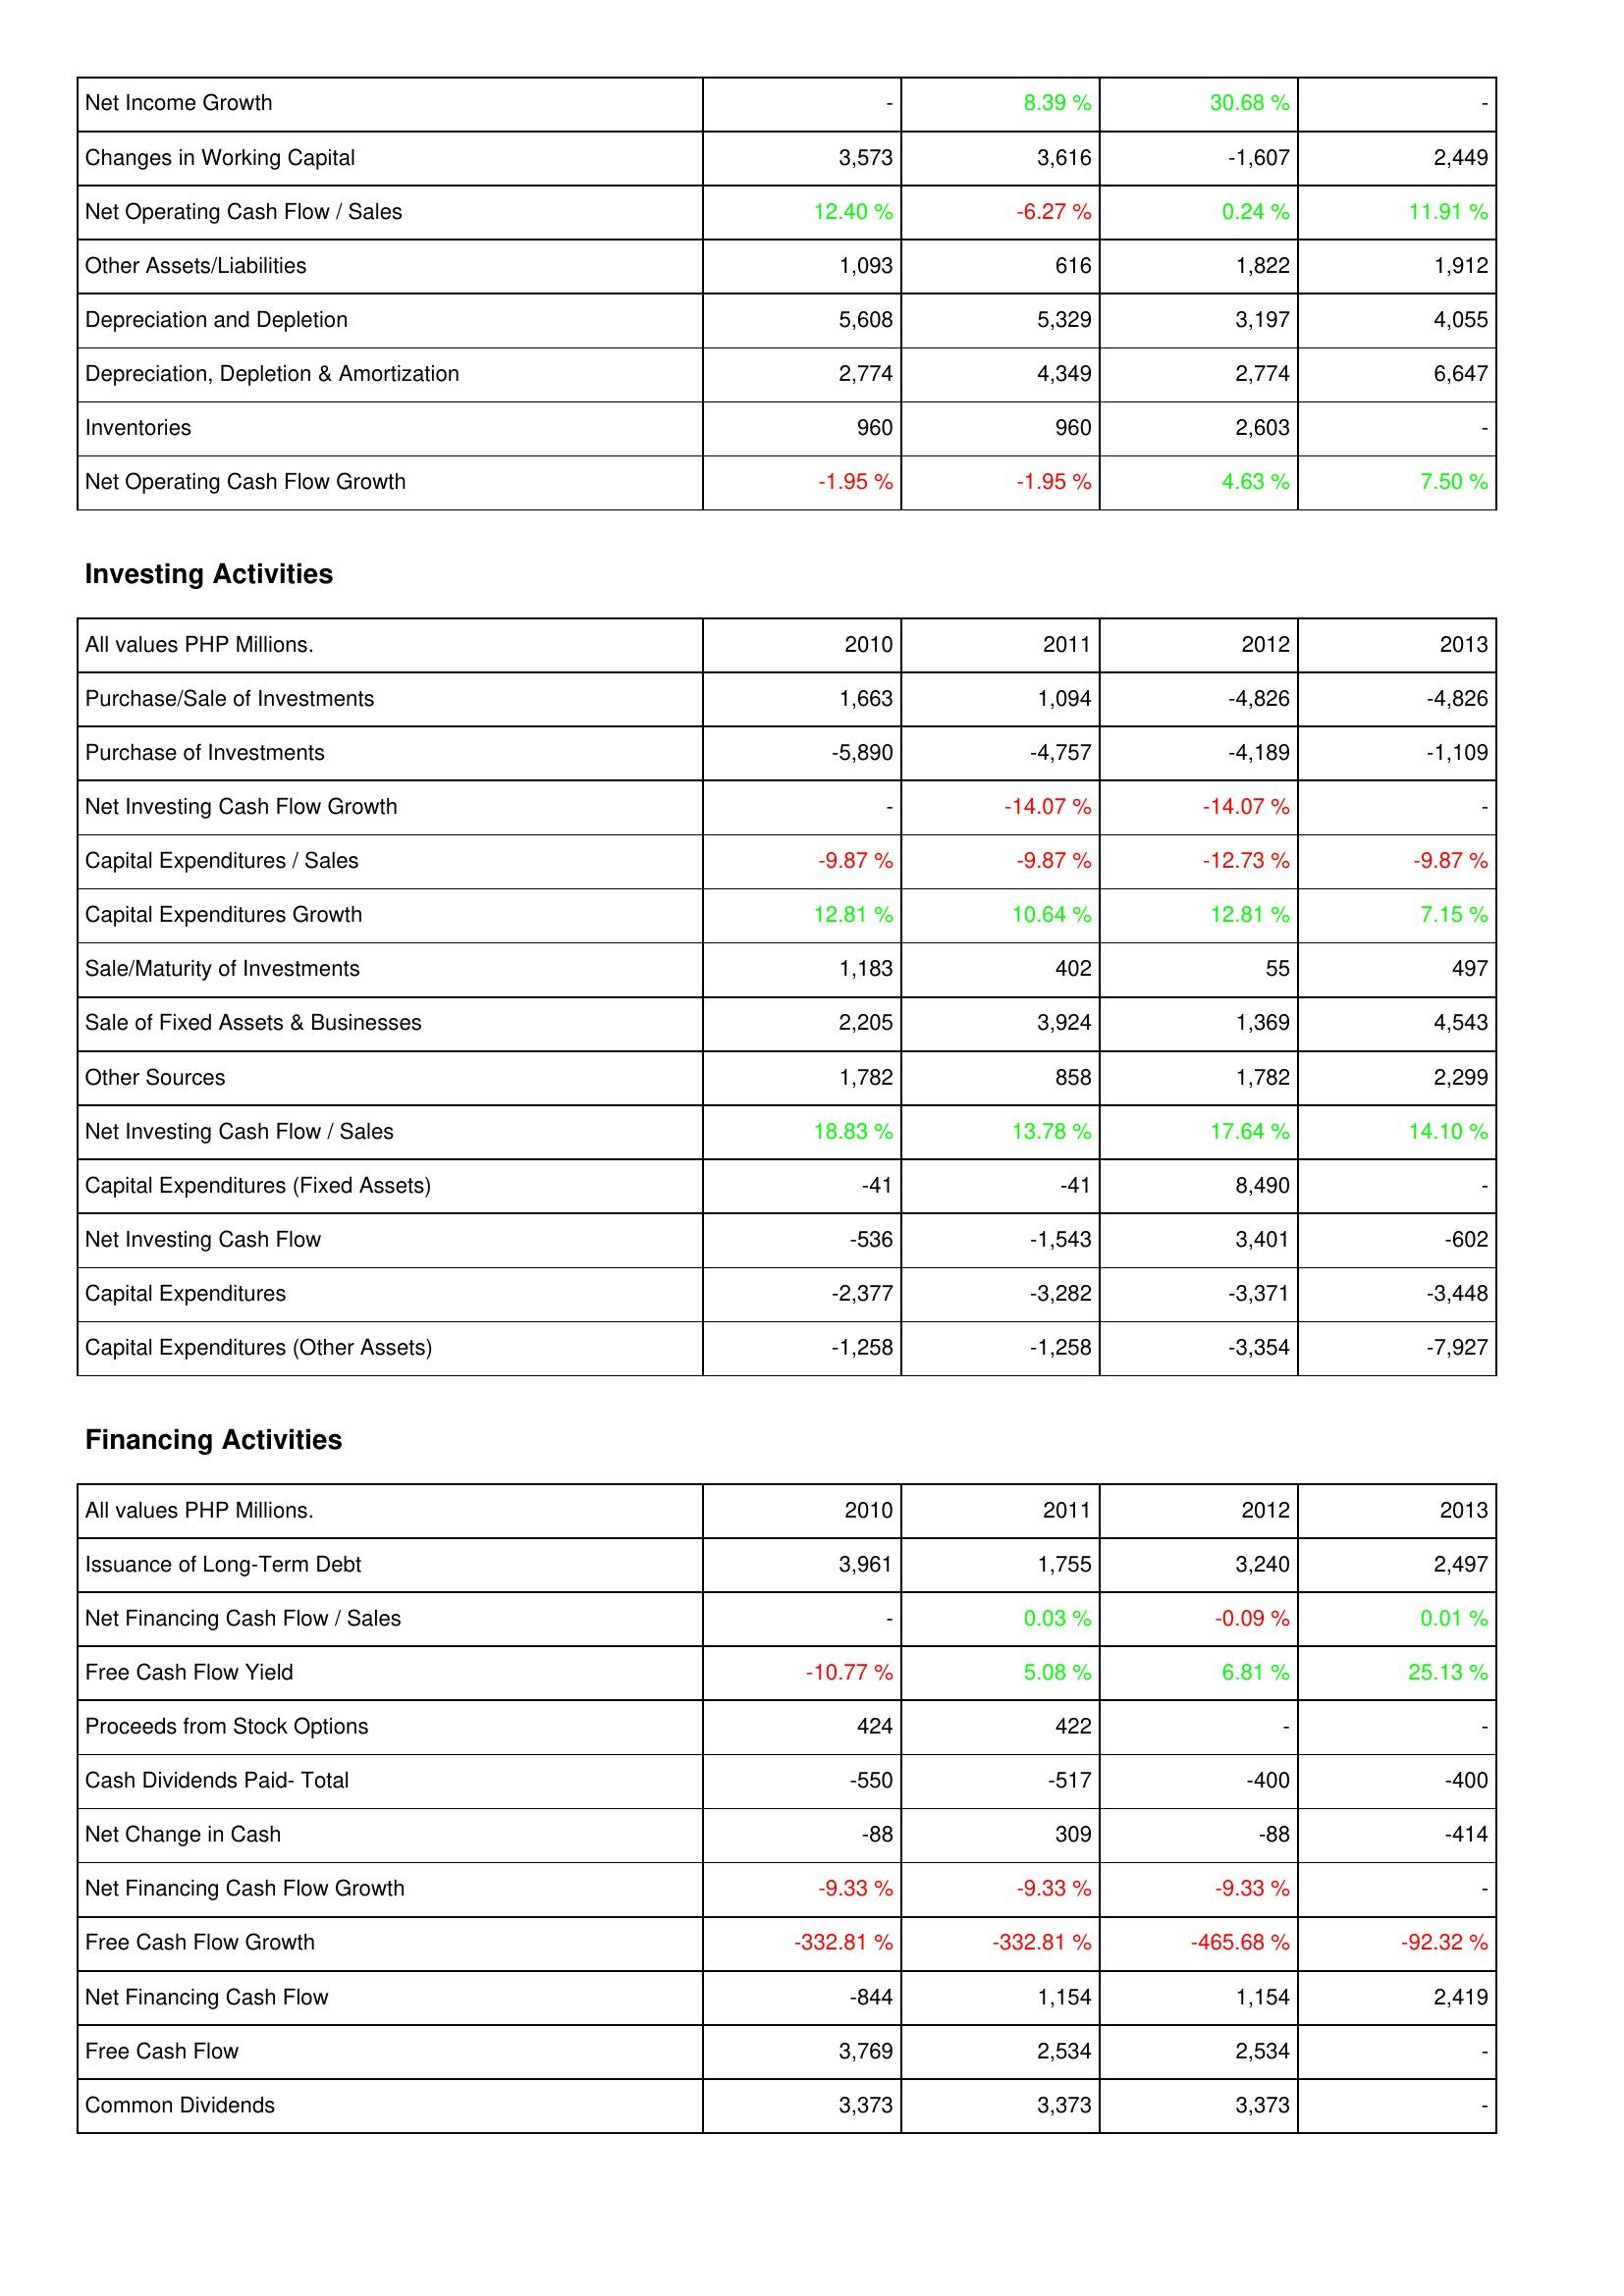
2010: Operating Activities: Net Income Growth: -
Changes in Working Capital: 3,573
Net Operating Cash Flow / Sales: 12.40 %
Other Assets/Liabilities: 1,093
Depreciation and Depletion: 5,608
Depreciation, Depletion & Amortization: 2,774
Inventories: 960
Net Operating Cash Flow Growth: -1.95 %
Investing Activities: Purchase/Sale of Investments: 1,663
Purchase of Investments: -5,890
Net Investing Cash Flow Growth: -
Capital Expenditures / Sales: -9.87 %
Capital Expenditures Growth: 12.81 %
Sale/Maturity of Investments: 1,183
Sale of Fixed Assets & Businesses: 2,205
Other Sources: 1,782
Net Investing Cash Flow / Sales: 18.83 %
Capital Expenditures (Fixed Assets): -41
Net Investing Cash Flow: -536
Capital Expenditures: -2,377
Capital Expenditures (Other Assets): -1,258
Financing Activities: Issuance of Long-Term Debt: 3,961
Net Financing Cash Flow / Sales: -
Free Cash Flow Yield: -10.77 %
Proceeds from Stock Options: 424
Cash Dividends Paid- Total: -550
Net Change in Cash: -88
Net Financing Cash Flow Growth: -9.33 %
Free Cash Flow Growth: -332.81 %
Net Financing Cash Flow: -844
Free Cash Flow: 3,769
Common Dividends: 3,373
2011: Operating Activities: Net Income Growth: 8.39 %
Changes in Working Capital: 3,616
Net Operating Cash Flow / Sales: -6.27 %
Other Assets/Liabilities: 616
Depreciation and Depletion: 5,329
Depreciation, Depletion & Amortization: 4,349
Inventories: 960
Net Operating Cash Flow Growth: -1.95 %
Investing Activities: Purchase/Sale of Investments: 1,094
Purchase of Investments: -4,757
Net Investing Cash Flow Growth: -14.07 %
Capital Expenditures / Sales: -9.87 %
Capital Expenditures Growth: 10.64 %
Sale/Maturity of Investments: 402
Sale of Fixed Assets & Businesses: 3,924
Other Sources: 858
Net Investing Cash Flow / Sales: 13.78 %
Capital Expenditures (Fixed Assets): -41
Net Investing Cash Flow: -1,543
Capital Expenditures: -3,282
Capital Expenditures (Other Assets): -1,258
Financing Activities: Issuance of Long-Term Debt: 1,755
Net Financing Cash Flow / Sales: 0.03 %
Free Cash Flow Yield: 5.08 %
Proceeds from Stock Options: 422
Cash Dividends Paid- Total: -517
Net Change in Cash: 309
Net Financing Cash Flow Growth: -9.33 %
Free Cash Flow Growth: -332.81 %
Net Financing Cash Flow: 1,154
Free Cash Flow: 2,534
Common Dividends: 3,373
2012: Operating Activities: Net Income Growth: 30.68 %
Changes in Working Capital: -1,607
Net Operating Cash Flow / Sales: 0.24 %
Other Assets/Liabilities: 1,822
Depreciation and Depletion: 3,197
Depreciation, Depletion & Amortization: 2,774
Inventories: 2,603
Net Operating Cash Flow Growth: 4.63 %
Investing Activities: Purchase/Sale of Investments: -4,826
Purchase of Investments: -4,189
Net Investing Cash Flow Growth: -14.07 %
Capital Expenditures / Sales: -12.73 %
Capital Expenditures Growth: 12.81 %
Sale/Maturity of Investments: 55
Sale of Fixed Assets & Businesses: 1,369
Other Sources: 1,782
Net Investing Cash Flow / Sales: 17.64 %
Capital Expenditures (Fixed Assets): 8,490
Net Investing Cash Flow: 3,401
Capital Expenditures: -3,371
Capital Expenditures (Other Assets): -3,354
Financing Activities: Issuance of Long-Term Debt: 3,240
Net Financing Cash Flow / Sales: -0.09 %
Free Cash Flow Yield: 6.81 %
Proceeds from Stock Options: -
Cash Dividends Paid- Total: -400
Net Change in Cash: -88
Net Financing Cash Flow Growth: -9.33 %
Free Cash Flow Growth: -465.68 %
Net Financing Cash Flow: 1,154
Free Cash Flow: 2,534
Common Dividends: 3,373
2013: Operating Activities: Net Income Growth: -
Changes in Working Capital: 2,449
Net Operating Cash Flow / Sales: 11.91 %
Other Assets/Liabilities: 1,912
Depreciation and Depletion: 4,055
Depreciation, Depletion & Amortization: 6,647
Inventories: -
Net Operating Cash Flow Growth: 7.50 %
Investing Activities: Purchase/Sale of Investments: -4,826
Purchase of Investments: -1,109
Net Investing Cash Flow Growth: -
Capital Expenditures / Sales: -9.87 %
Capital Expenditures Growth: 7.15 %
Sale/Maturity of Investments: 497
Sale of Fixed Assets & Businesses: 4,543
Other Sources: 2,299
Net Investing Cash Flow / Sales: 14.10 %
Capital Expenditures (Fixed Assets): -
Net Investing Cash Flow: -602
Capital Expenditures: -3,448
Capital Expenditures (Other Assets): -7,927
Financing Activities: Issuance of Long-Term Debt: 2,497
Net Financing Cash Flow / Sales: 0.01 %
Free Cash Flow Yield: 25.13 %
Proceeds from Stock Options: -
Cash Dividends Paid- Total: -400
Net Change in Cash: -414
Net Financing Cash Flow Growth: -
Free Cash Flow Growth: -92.32 %
Net Financing Cash Flow: 2,419
Free Cash Flow: -
Common Dividends: -